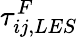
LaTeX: \tau_{ij,LES}^{F}